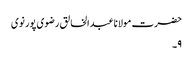
حضرت مولانا عبدالخالق رضوی پور نوی
۹۔